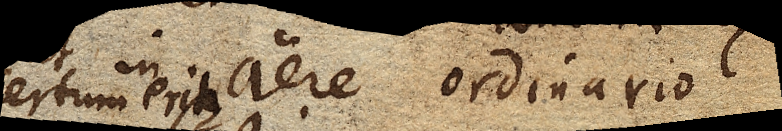
certum erit in aere ordinario